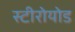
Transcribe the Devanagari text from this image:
स्टीरोयोड